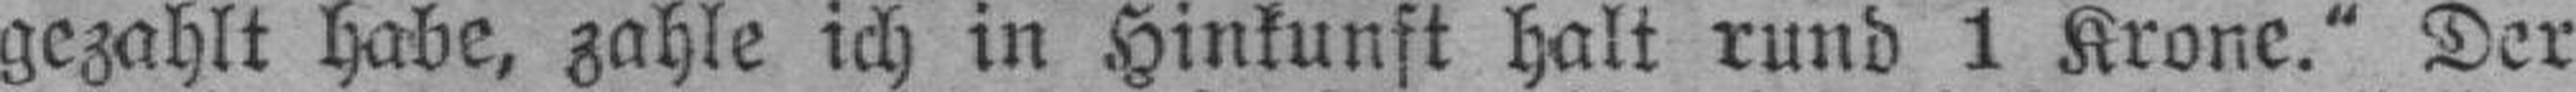
gezahlt habe, zahle ich in Hinkunft halt rund 1 Krone." Der